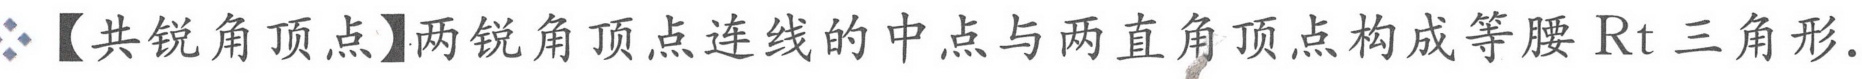
【共锐角顶点】两锐角顶点连线的中点与两直角顶点构成等腰\(\text{Rt}\)三角形.